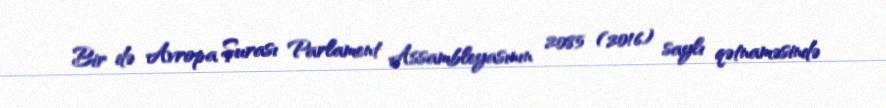
Bir də Avropa Şurası Parlament Assambleyasının 2085 (2016) saylı qətnaməsində